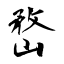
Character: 嵍